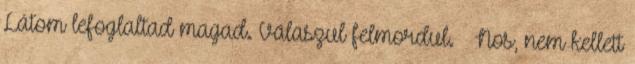
Látom lefoglaltad magad. Válaszul felmordul. – Nos, nem kellett